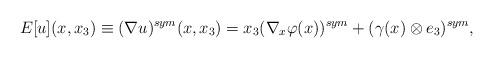
LaTeX: \begin{align*} E[u](x,x_3) \equiv (\nabla u)^{sym}(x,x_3)= x_3 (\nabla_x \varphi(x) )^{sym} + (\gamma(x) \otimes e_3)^{sym},\end{align*}